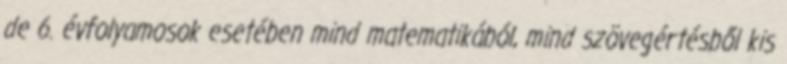
de 6. évfolyamosok esetében mind matematikából, mind szövegértésből kis